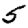
Digit: 5